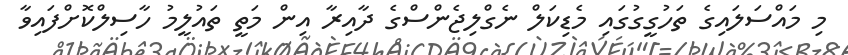
މި މައްސަލައިގެ ތަހުގީގުގައި މެޑިކަލް ނެގްލިޖެންސްގެ ދާއިރާ އިން މަތީ ތައުލީމު ހާސިލްކޮށްފައިވާ